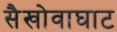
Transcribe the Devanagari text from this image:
सैखोवाघाट